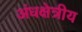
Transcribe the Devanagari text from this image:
अंधक्षेत्रीय